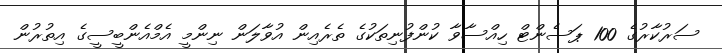
ސަރުކާރުގެ 100 ޕަސެންޓް ހިއްސާވާ ކުންފުނިތަކުގެ ތެރެއިން އުވާލަން ނިންމީ އެމްއެންބީސީގެ އިތުރުން